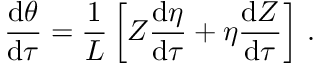
\frac { \mathrm { d } \theta } { \mathrm { d } \tau } = \frac { 1 } { L } \left[ Z \frac { \mathrm { d } \eta } { \mathrm { d } \tau } + \eta \frac { \mathrm { d } Z } { \mathrm { d } \tau } \right] \, .